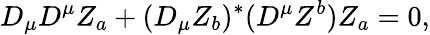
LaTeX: D_{\mu}D^{\mu}Z_{a}+(D_{\mu}Z_{b})^{*}(D^{\mu}Z^{b})Z_{a}=0,